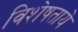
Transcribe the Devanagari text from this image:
विशेषताये